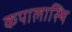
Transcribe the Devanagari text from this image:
कपालास्थि